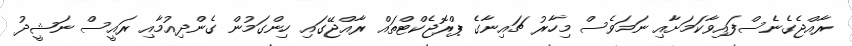
ރާއްޖެގެނެސްފައިވާކަމަށާއި ނަމަވެސް މިހާރު ޗައިނާގެ ޕްރޮޖެކްޓްތައް ރާއްޖޭގައި ހިންގަމުން ގެންދިއުމާއި ރައީސް ނަޝީދު